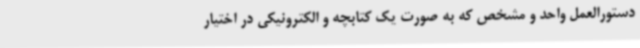
دستورالعمل واحد و مشخص که به صورت یک کتابچه و الکترونیکی در اختیار